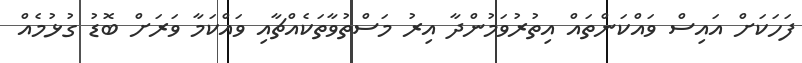
ފަހަކަށް އައިސް ވައްކަންތައް އިތުރުވަމުންދާ އިރު މަސްތުވާތަކެއްޗާއި ވައްކަމާ ވަރަށް ބޮޑު ގުޅުމެއް